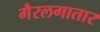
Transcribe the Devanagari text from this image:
गैरलगातार